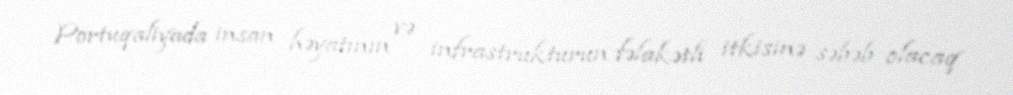
Portuqaliyada insan həyatının və infrastrukturun fəlakətli itkisinə səbəb olacaq